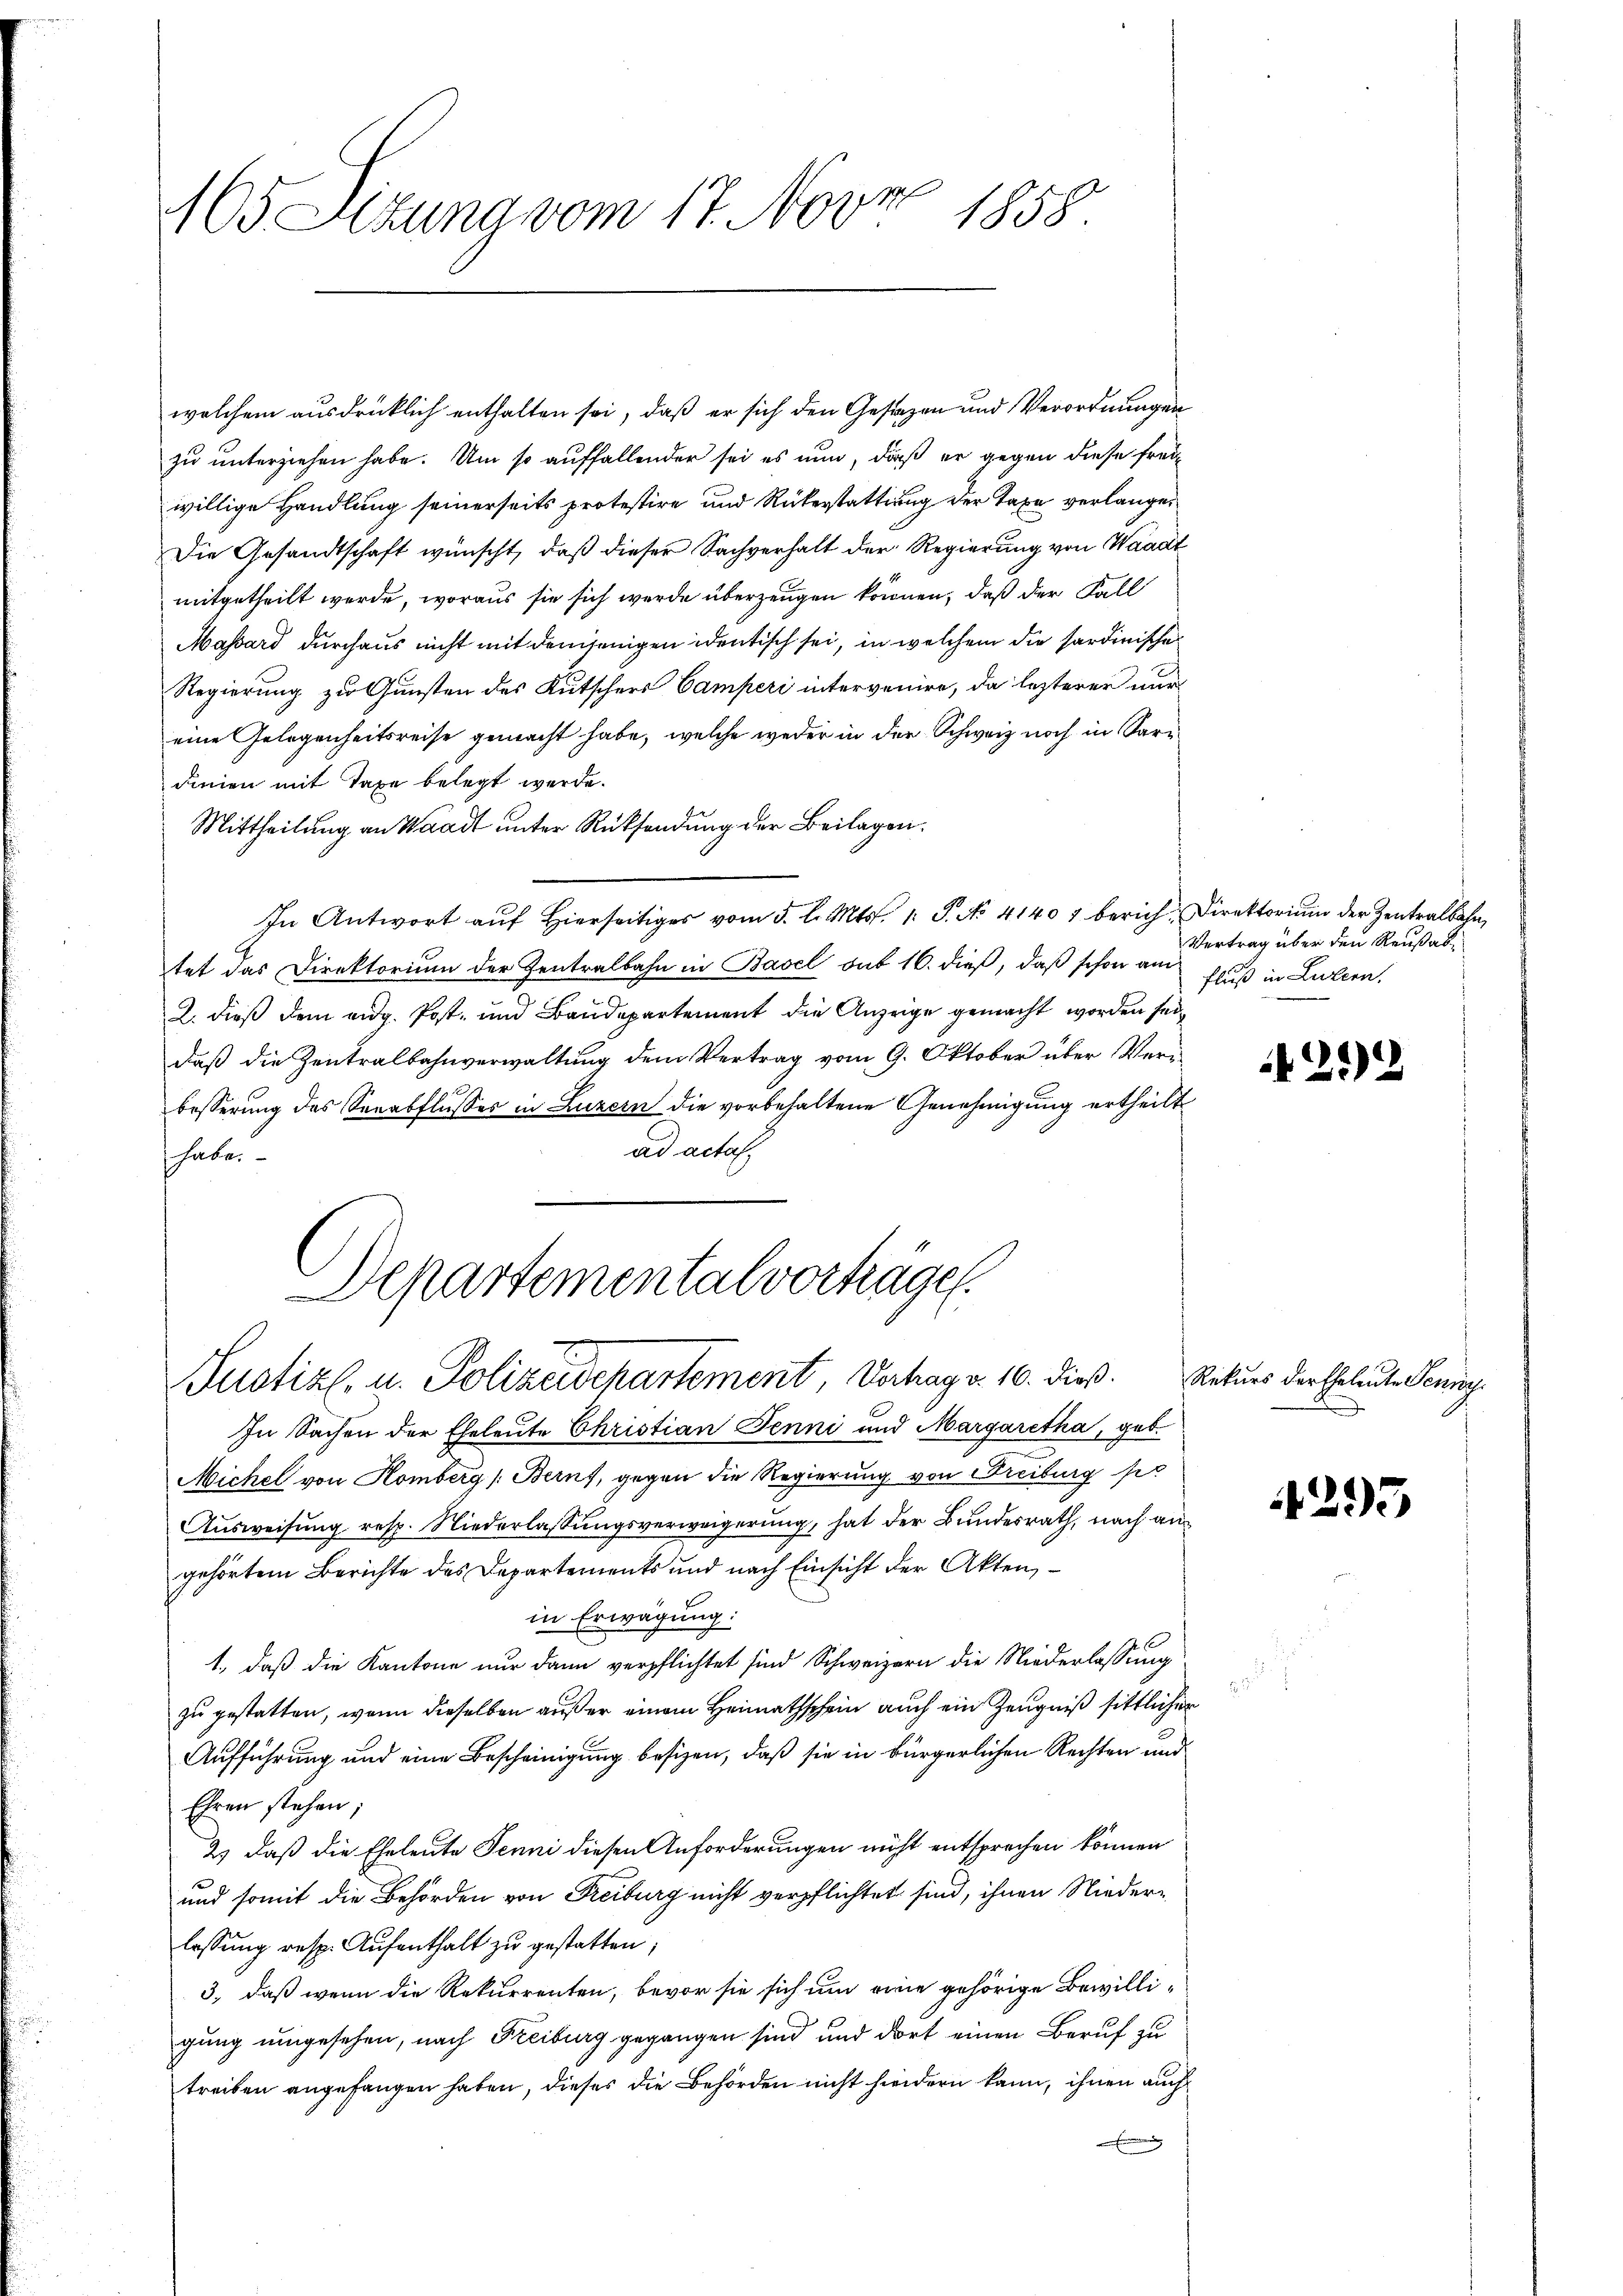
welchem ausdrücklich enthalten sei, daß er sich den Gestazen und Verordnungen
zu unterziehen habe. Um so auffallender sei es nun, daß er gegen diese Freiwillige Handlung seinerseits protestire und Rükerstattung der Taxe verlangen
Die Gesandtschaft wünscht, daß dieser Sachverhalt der Regierung von Waadt
mitgetheilt werde, woraus sie sich werde überzeugen können, daß der Fall
Massard durchaus nicht mit demjenigen identisch sei, in welchem die sardinische
Regierung zu Gunsten des Kutschers Camperi intervenire, da lezterer nur
eine Gelegenheitsreise gemacht habe, welche weder in der Schweiz noch in Saridinien mit Taxe belegt werde.
Mittheilung an Waadt unter Rücksendung der Beilagen.
In Antwort aŭf hierseitiger vom 5. d. Mts. 1. P. No. 41401 berich Direktoriŭm der Zentralbahn,
tet das Direktorium der Zentralbahn in Basel sub 16. dieß, daß schon am
2. dieß dem eidg. Post- und Baudepartement die Anzeige gemacht worden sei,
daß die Zentralbahnverwaltung dem Vertrag vom 9. Oktober über Veri
besserung des Serabflusser in Luzern die vorbehaltene Genehmigung ertheilt
ad acta.
habe.

94
165 Sitzung vom 17. Nov. 1858.

Departementalverhäge
Justiz- u. Polizeidepartement, Verhag v. 16. dieß.

Vertrag über den Reußabfluß in Luzern.

In Sachen der Eheleute Christian Jenni und Margaretha, geb.
Michel von Homberg (Berns, gegen die Regierung von Freiburg per
Ausweisung resp. Niederlassungsverweigerung, hat der Bundesrath, nach angehörtem Berichte des Departements und nach Einsicht der Akten,
in Erwägung:
1., daß die Kantone nur dann verpflichtet sind Schweizern die Niederlassung
zu gestatten, wenn dieselben außer einem Heimathschein auch ein Zeugniß sittlicher
Aufführung und eine Bescheinigung besizen, daß sie in bürgerlichen Rechten und
Ehren stehen;
2) daß die Eheleute Jenni diesen Anforderungen nicht entsprechen können
und somit die Behörden von Freiburg nicht verpflichtet sind, ihnen Niederlassŭng resp. Aŭfenthalt zŭ gestatten;
3., daß wenn die Rekurrenten, bevor sie sich um eine gehörige Bewilligung umgesehen, nach Freiburg gegangen sind und dort einen Beruf zu
treiben angefangen haben, dieses die Behörden nicht hindern kann, ihnen auch
.

4292

Rekurs der Eheleute Senior

4295